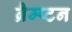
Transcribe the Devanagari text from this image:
ब्रैम्प्टन